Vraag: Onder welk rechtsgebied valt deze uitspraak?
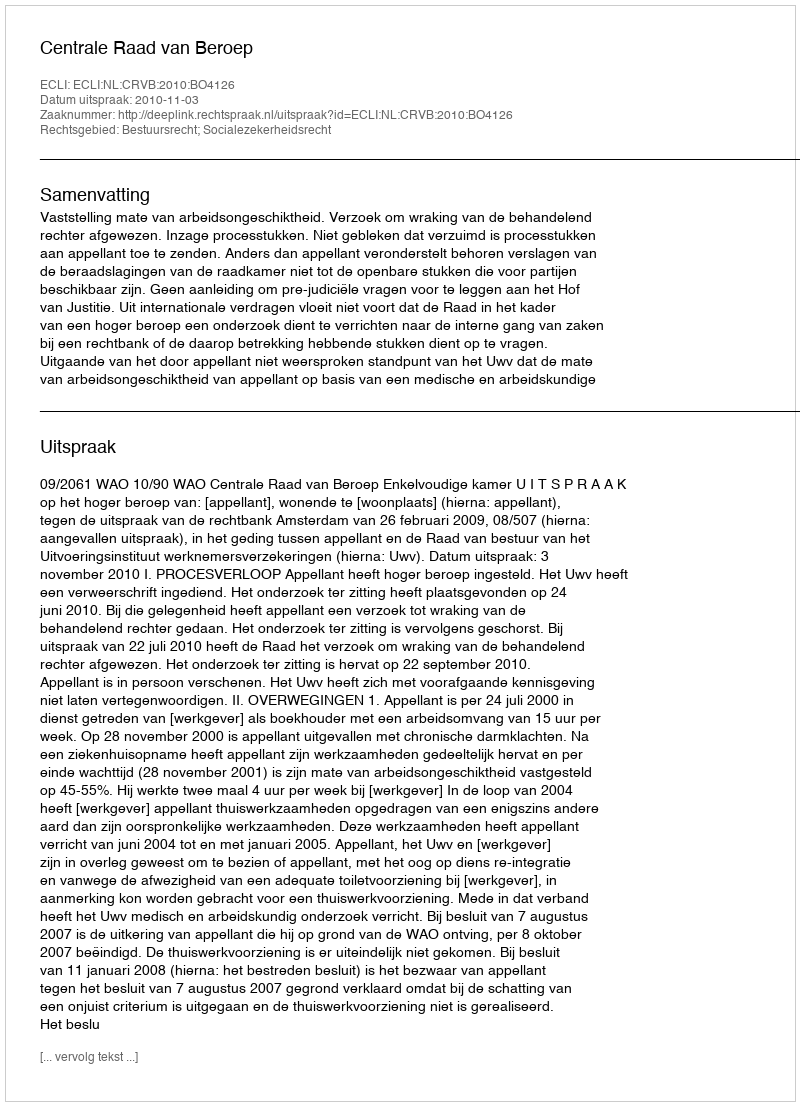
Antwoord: Bestuursrecht; Socialezekerheidsrecht